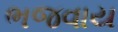
ભજવાય